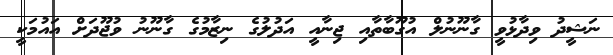
ނަޝީދު ވިދާޅުވީ ގާނޫނުލް އުގޫބާތާއި ޖިނާއީ އަދުލުގެ ނިޒާމުގެ ގާނޫނު ވުޖޫދަށް އައުމަކީ